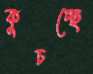
কুচচ্ছে